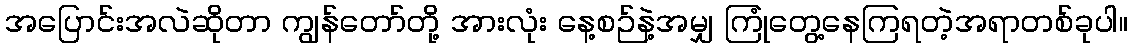
အပြောင်းအလဲဆိုတာ ကျွန်တော်တို့ အားလုံး နေ့စဉ်နဲ့အမျှ ကြုံတွေ့နေကြရတဲ့အရာတစ်ခုပါ။